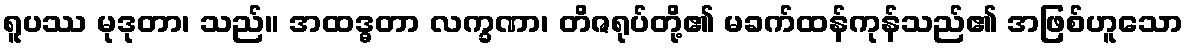
ရူပဿ မုဒုတာ၊ သည်။ အထဒ္ဓတာ လက္ခဏာ၊ တိဇရုပ်တို့၏ မခက်ထန်ကုန်သည်၏ အဖြစ်ဟူသော